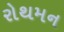
રોથમન